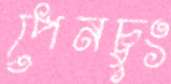
পেনচুং